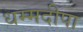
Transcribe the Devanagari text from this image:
धम्मदीपा